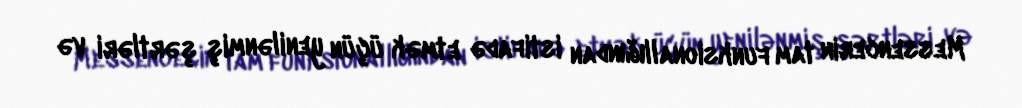
Messencerin tam funksionallığından istifadə etmək üçün yenilənmiş şərtləri və